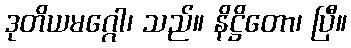
ဒုတိယမဂ္ဂေါ၊ သည်။ နိဋ္ဌိတော၊ ပြီ။